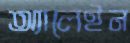
অ্যালেইন